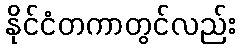
နိုင်ငံတကာတွင်လည်း